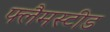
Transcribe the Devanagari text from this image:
फ्लैमस्टीड